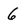
Character: 6